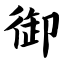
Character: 御